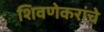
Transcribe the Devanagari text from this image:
शिवणेकरांचे